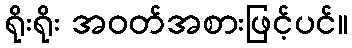
ရိုးရိုး အဝတ်အစားဖြင့်ပင်။